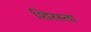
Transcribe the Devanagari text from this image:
शिरस्ता